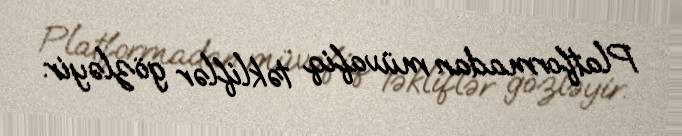
Platformadan müvafiq təkliflər gözləyir.